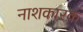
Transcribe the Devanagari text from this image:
नाशकारक